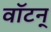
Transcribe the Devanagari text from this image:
वॉटन्